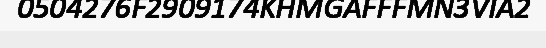
0504276F2909174KHMGAFFFMN3VIA2